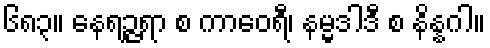
၆၈၃။ နေရဉ္ဇရာ စ ကာဝေရီ၊ နမ္မဒါဒီ စ နိန္နဂါ။